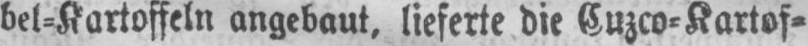
bel⸗Kartoffeln angebaut, lieferte die Cuzco⸗Kartof⸗